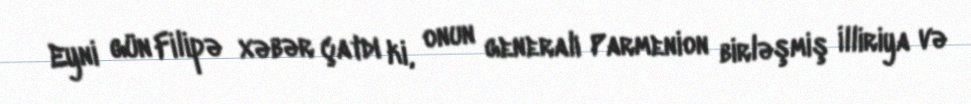
Eyni gün Filipə xəbər çatdı ki, onun generalı Parmenion birləşmiş İlliriya və